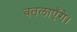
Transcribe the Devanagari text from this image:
बतलाएँगे।